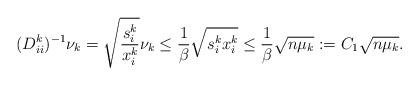
LaTeX: \begin{align*}(D^{k}_{ii})^{-1} \nu_k = \sqrt{\frac{s_i^k}{x_i^k}} \nu_k \le \frac{1}{\beta} \sqrt{s_i^k x_i^k} \le \frac{1}{\beta} \sqrt{n \mu_k} :=C_1 \sqrt{n \mu_k}. \end{align*}